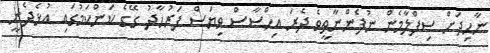
ނާހިދަށް ސިފްލާމެން ނުފެންނާތީވެ ދެރަ އިހްސާސް ވިޔަސް ފަރުހާދު ގޭގެ ކަންކަމުގައި އުޅެދެނީ